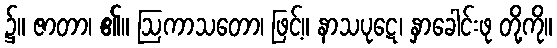
၌။ ဇာတာ၊ ၏။ ဩကာသတော၊ ဖြင့်။ နာသပုဋေ၊ နှာခေါင်းဖု တို့ကို။